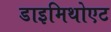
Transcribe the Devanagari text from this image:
डाइमिथोएट